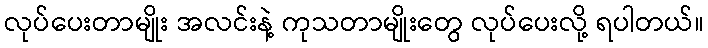
လုပ်ပေးတာမျိုး အလင်းနဲ့ ကုသတာမျိုးတွေ လုပ်ပေးလို့ ရပါတယ်။